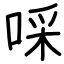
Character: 啋